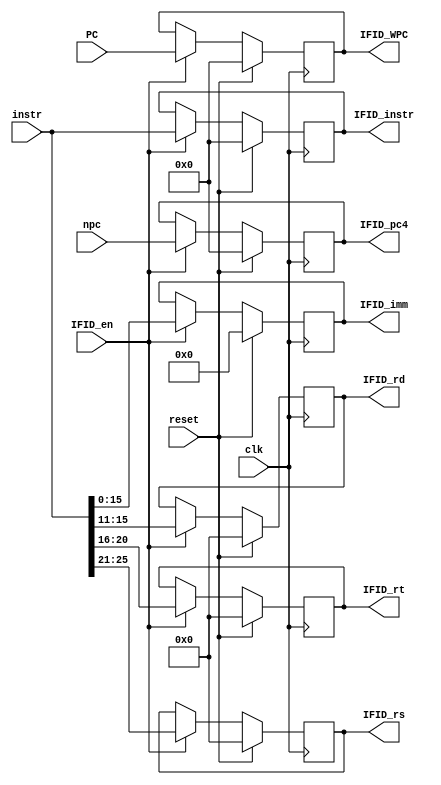
`timescale 1ns / 1ps
//////////////////////////////////////////////////////////////////////////////////
// Company: 
// Engineer: 
// 
// Design Name: 
// Module Name:    Wall 
// Project Name: 
// Target Devices: 
// Tool versions: 
// Description: 
//
// Dependencies: 
//
// Revision: 
// Revision 0.01 - File Created
// Additional Comments: 
//
//////////////////////////////////////////////////////////////////////////////////
module Wall_IFID(clk,reset,npc,instr,IFID_en,IFID_rd,IFID_rs,IFID_rt,IFID_imm,IFID_pc4,IFID_instr,PC,IFID_WPC
    );
	 input clk;
	 input reset;
	 input [31:0] npc;
	 input [31:0] instr;
	 input IFID_en;
	 input [31:0] PC;
	 output reg [4:0] IFID_rd;
	 output reg [4:0] IFID_rs;
	 output reg [4:0] IFID_rt;
	 output reg [15:0] IFID_imm;
	 output reg [31:0] IFID_pc4;
	 output reg [31:0] IFID_instr;
	 output reg [31:0] IFID_WPC;
	 always @(posedge clk)begin
	   if(reset)begin
	     IFID_rd=0;
		  IFID_rs=0;
		  IFID_rt=0;
		  IFID_imm=0;
		  IFID_pc4=0;
		  IFID_instr=0;
		  IFID_WPC=0;
		  end
		else if(IFID_en)begin
		  IFID_rs=instr[25:21];
		  IFID_rt=instr[20:16];
		  IFID_rd=instr[15:11];
		  IFID_imm=instr[15:0];
		  IFID_pc4=npc;
		  IFID_instr=instr;
		  IFID_WPC=PC;
		  end
		end
endmodule

module Wall_IDEX(clk,reset,RD1_D,RD2_D,imm32_D,IFID_pc8,IFID_rd,IFID_rs,IFID_rt,IFID_WA,IFID_instr,RD1_E,RD2_E,IDEX_imm32,IDEX_rd,IDEX_rs,IDEX_rt,IDEX_WA,IDEX_pc8,IDEX_instr,IFID_WPC,IDEX_WPC
    );
	 input clk;
	 input reset;
	 input [31:0] RD1_D;
	 input [31:0] RD2_D;
	 input [31:0] imm32_D;
	 input [31:0] IFID_pc8;
	 input [4:0] IFID_rd;
	 input [4:0] IFID_rs;
	 input [4:0] IFID_rt;
	 input [4:0] IFID_WA;
	 input [31:0] IFID_instr;
	 input [31:0] IFID_WPC;
	 output reg [31:0] RD1_E;
	 output reg [31:0] RD2_E;
	 output reg [31:0] IDEX_imm32;
	 output reg [4:0] IDEX_rd;
	 output reg [4:0] IDEX_rs;
	 output reg [4:0] IDEX_rt;
	 output reg [4:0] IDEX_WA;
	 output reg [31:0] IDEX_pc8;
	 output reg [31:0] IDEX_instr;
	 output reg [31:0] IDEX_WPC;
	 always @(posedge clk)begin
	   if(reset)begin
	     RD1_E=0;
		  RD2_E=0;
		  IDEX_imm32=0;
		  IDEX_rd=0;
		  IDEX_rs=0;
		  IDEX_rt=0;
		  IDEX_WA=0;
		  IDEX_pc8=0;
		  IDEX_instr=0;
		  IDEX_WPC=0;
		  end
		else begin
	     RD1_E=RD1_D;
		  RD2_E=RD2_D;
		  IDEX_imm32=imm32_D;
		  IDEX_rd=IFID_rd;
		  IDEX_rs=IFID_rs;
		  IDEX_rt=IFID_rt;
		  IDEX_WA=IFID_WA;
		  IDEX_pc8=IFID_pc8;
		  IDEX_instr=IFID_instr;
		  IDEX_WPC=IFID_WPC;
		  end
		end
endmodule

module Wall_EXMEM(clk,reset,RD2_new,IDEX_pc8,IDEX_WA,IDEX_instr,ALUout_E,EXMEM_RD2_new,EXMEM_pc8,EXMEM_WA,EXMEM_ALUout,EXMEM_instr,IDEX_WPC,EXMEM_WPC,EXMEM_rt,IDEX_rt
    );
	 input clk;
	 input reset;
	 input [31:0] RD2_new;
	 input [31:0] IDEX_pc8;
	 input [4:0] IDEX_WA;
	 input [31:0] IDEX_instr;
	 input [31:0] ALUout_E;
	 input [31:0] IDEX_WPC;
	 input [4:0] IDEX_rt;
	 output reg [31:0] EXMEM_RD2_new;
	 output reg [31:0] EXMEM_pc8;
	 output reg [4:0] EXMEM_WA;
	 output reg [31:0] EXMEM_ALUout;
	 output reg [31:0] EXMEM_instr;
	 output reg [31:0] EXMEM_WPC;
	 output reg [4:0] EXMEM_rt;
	 always @(posedge clk)begin
	   if(reset)begin
	     EXMEM_RD2_new=0;
		  EXMEM_pc8=0;
		  EXMEM_WA=0;
		  EXMEM_ALUout=0;
		  EXMEM_instr=0;
		  EXMEM_WPC=0;
		  EXMEM_rt=0;
		  end
		else begin
	     EXMEM_RD2_new=RD2_new;
		  EXMEM_pc8=IDEX_pc8;
		  EXMEM_WA=IDEX_WA;
		  EXMEM_ALUout=ALUout_E;
		  EXMEM_instr=IDEX_instr;
		  EXMEM_WPC=IDEX_WPC;
		  EXMEM_rt=IDEX_rt;
		  end
		end
endmodule

module Wall_MEMWB(clk,reset,DMout_M,EXMEM_pc8,EXMEM_WA,EXMEM_instr,EXMEM_ALUout,MEMWB_DMout,MEMWB_pc8,MEMWB_WA,MEMWB_ALUout,MEMWB_instr,EXMEM_WPC,MEMWB_WPC
    );
	 input clk;
	 input reset;
	 input [31:0] DMout_M;
	 input [31:0] EXMEM_pc8;
	 input [4:0] EXMEM_WA;
	 input [31:0] EXMEM_instr;
	 input [31:0] EXMEM_ALUout;
	 input [31:0] EXMEM_WPC;
	 output reg [31:0] MEMWB_DMout;
	 output reg [31:0] MEMWB_pc8;
	 output reg [4:0] MEMWB_WA;
	 output reg [31:0] MEMWB_ALUout;
	 output reg [31:0] MEMWB_instr;
	 output reg [31:0] MEMWB_WPC;
	 always @(posedge clk)begin
	   if(reset)begin
	     MEMWB_DMout=0;
		  MEMWB_pc8=0;
		  MEMWB_WA=0;
		  MEMWB_ALUout=0;
		  MEMWB_instr=0;
		  MEMWB_WPC=0;
		  end
		else begin
	     MEMWB_DMout=DMout_M;
		  MEMWB_pc8=EXMEM_pc8;
		  MEMWB_WA=EXMEM_WA;
		  MEMWB_ALUout=EXMEM_ALUout;
		  MEMWB_instr=EXMEM_instr;
		  MEMWB_WPC=EXMEM_WPC;
		  end
		end
endmodule